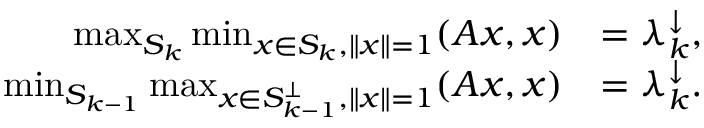
{ \begin{array} { r l } { \operatorname* { m a x } _ { S _ { k } } \operatorname* { m i n } _ { x \in S _ { k } , \| x \| = 1 } ( A x , x ) } & { = \lambda _ { k } ^ { \downarrow } , } \\ { \operatorname* { m i n } _ { S _ { k - 1 } } \operatorname* { m a x } _ { x \in S _ { k - 1 } ^ { \perp } , \| x \| = 1 } ( A x , x ) } & { = \lambda _ { k } ^ { \downarrow } . } \end{array} }